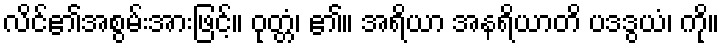
လိင်၏အစွမ်းအားဖြင့်။ ဝုတ္တံ၊ ၏။ အရိယာ အနရိယာတိ ပဒဒွယံ၊ ကို။